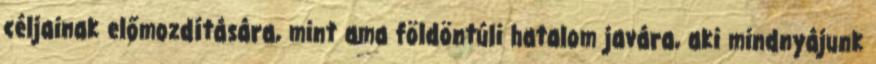
céljainak előmozdítására, mint ama földöntúli hatalom javára, aki mindnyájunk